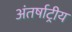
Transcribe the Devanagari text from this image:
अंतर्षाट्रीय